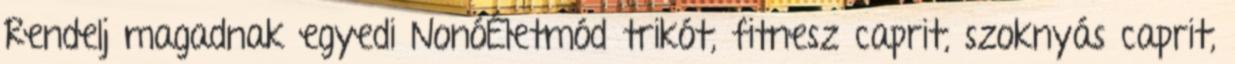
Rendelj magadnak egyedi NonóÉletmód trikót, fitnesz caprit, szoknyás caprit,